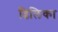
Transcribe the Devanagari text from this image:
ढिलिका